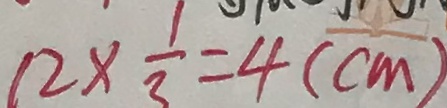
1 2 \times \frac { 1 } { 3 } = 4 ( c m )